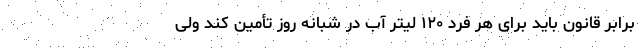
برابر قانون باید برای هر فرد ۱۲۰ لیتر آب در شبانه روز تأمین کند ولی